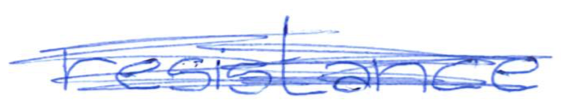
Text: resistance
Cross-out: scratch
Writing tool: ballpoint